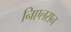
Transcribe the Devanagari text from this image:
निएलसन